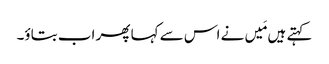
کہتے ہیں مَیں نے اس سے کہا پھر اب بتاؤ۔